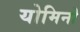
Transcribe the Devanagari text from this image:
योमिनो